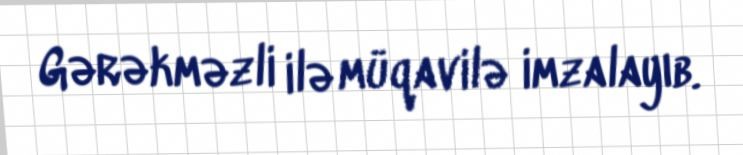
Gərəkməzli ilə müqavilə imzalayıb.